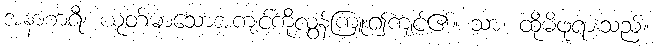
အနာစာရီ၊ ယုတ်မာသောအကျင့်ကိုလွန်ကြူး၍ကျင့်၏။ သာ၊ ထိုမိဖုရားသည်။